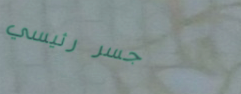
جسر رئيسي